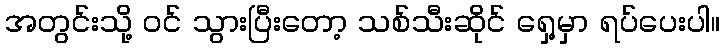
အတွင်းသို့ ဝင် သွားပြီးတော့ သစ်သီးဆိုင် ရှေ့မှာ ရပ်ပေးပါ။